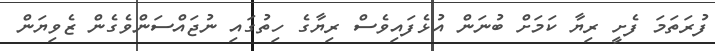
ފުރަތަމަ ފެށީ ރިޔާ ކަމަށް ބުނަން އުޅެފައިވެސް ރިޔާގެ ހިތުގައި ނުޖައްސަންވެގެން ޒެވިޔަން